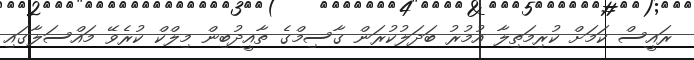
ރައީސް ކަމަށް ކުރިމަތިލާ އުމުރު ބަދަލުކުރަން ގާސިމްގެ ތާއީދުބިން މިލްކް ކުރެވޭ މައްސަލާގައި